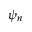
\psi _ { n }